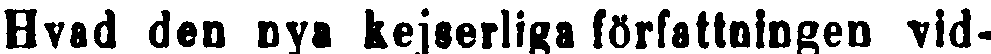
Hvad den nya kejserliga författningen vid-